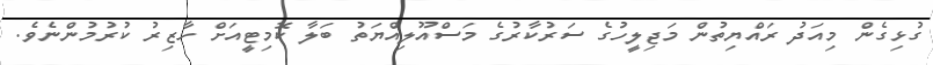
ގުޅިގެން މިއަދު ރައްޔިތުން މަޖިލީހުގެ ސަރުކާރުގެ މަސްއޫލިއްޔަތު ބަލާ ކޮމިޓީއަށް ހާޒިރު ކުރުމުންނެވެ.